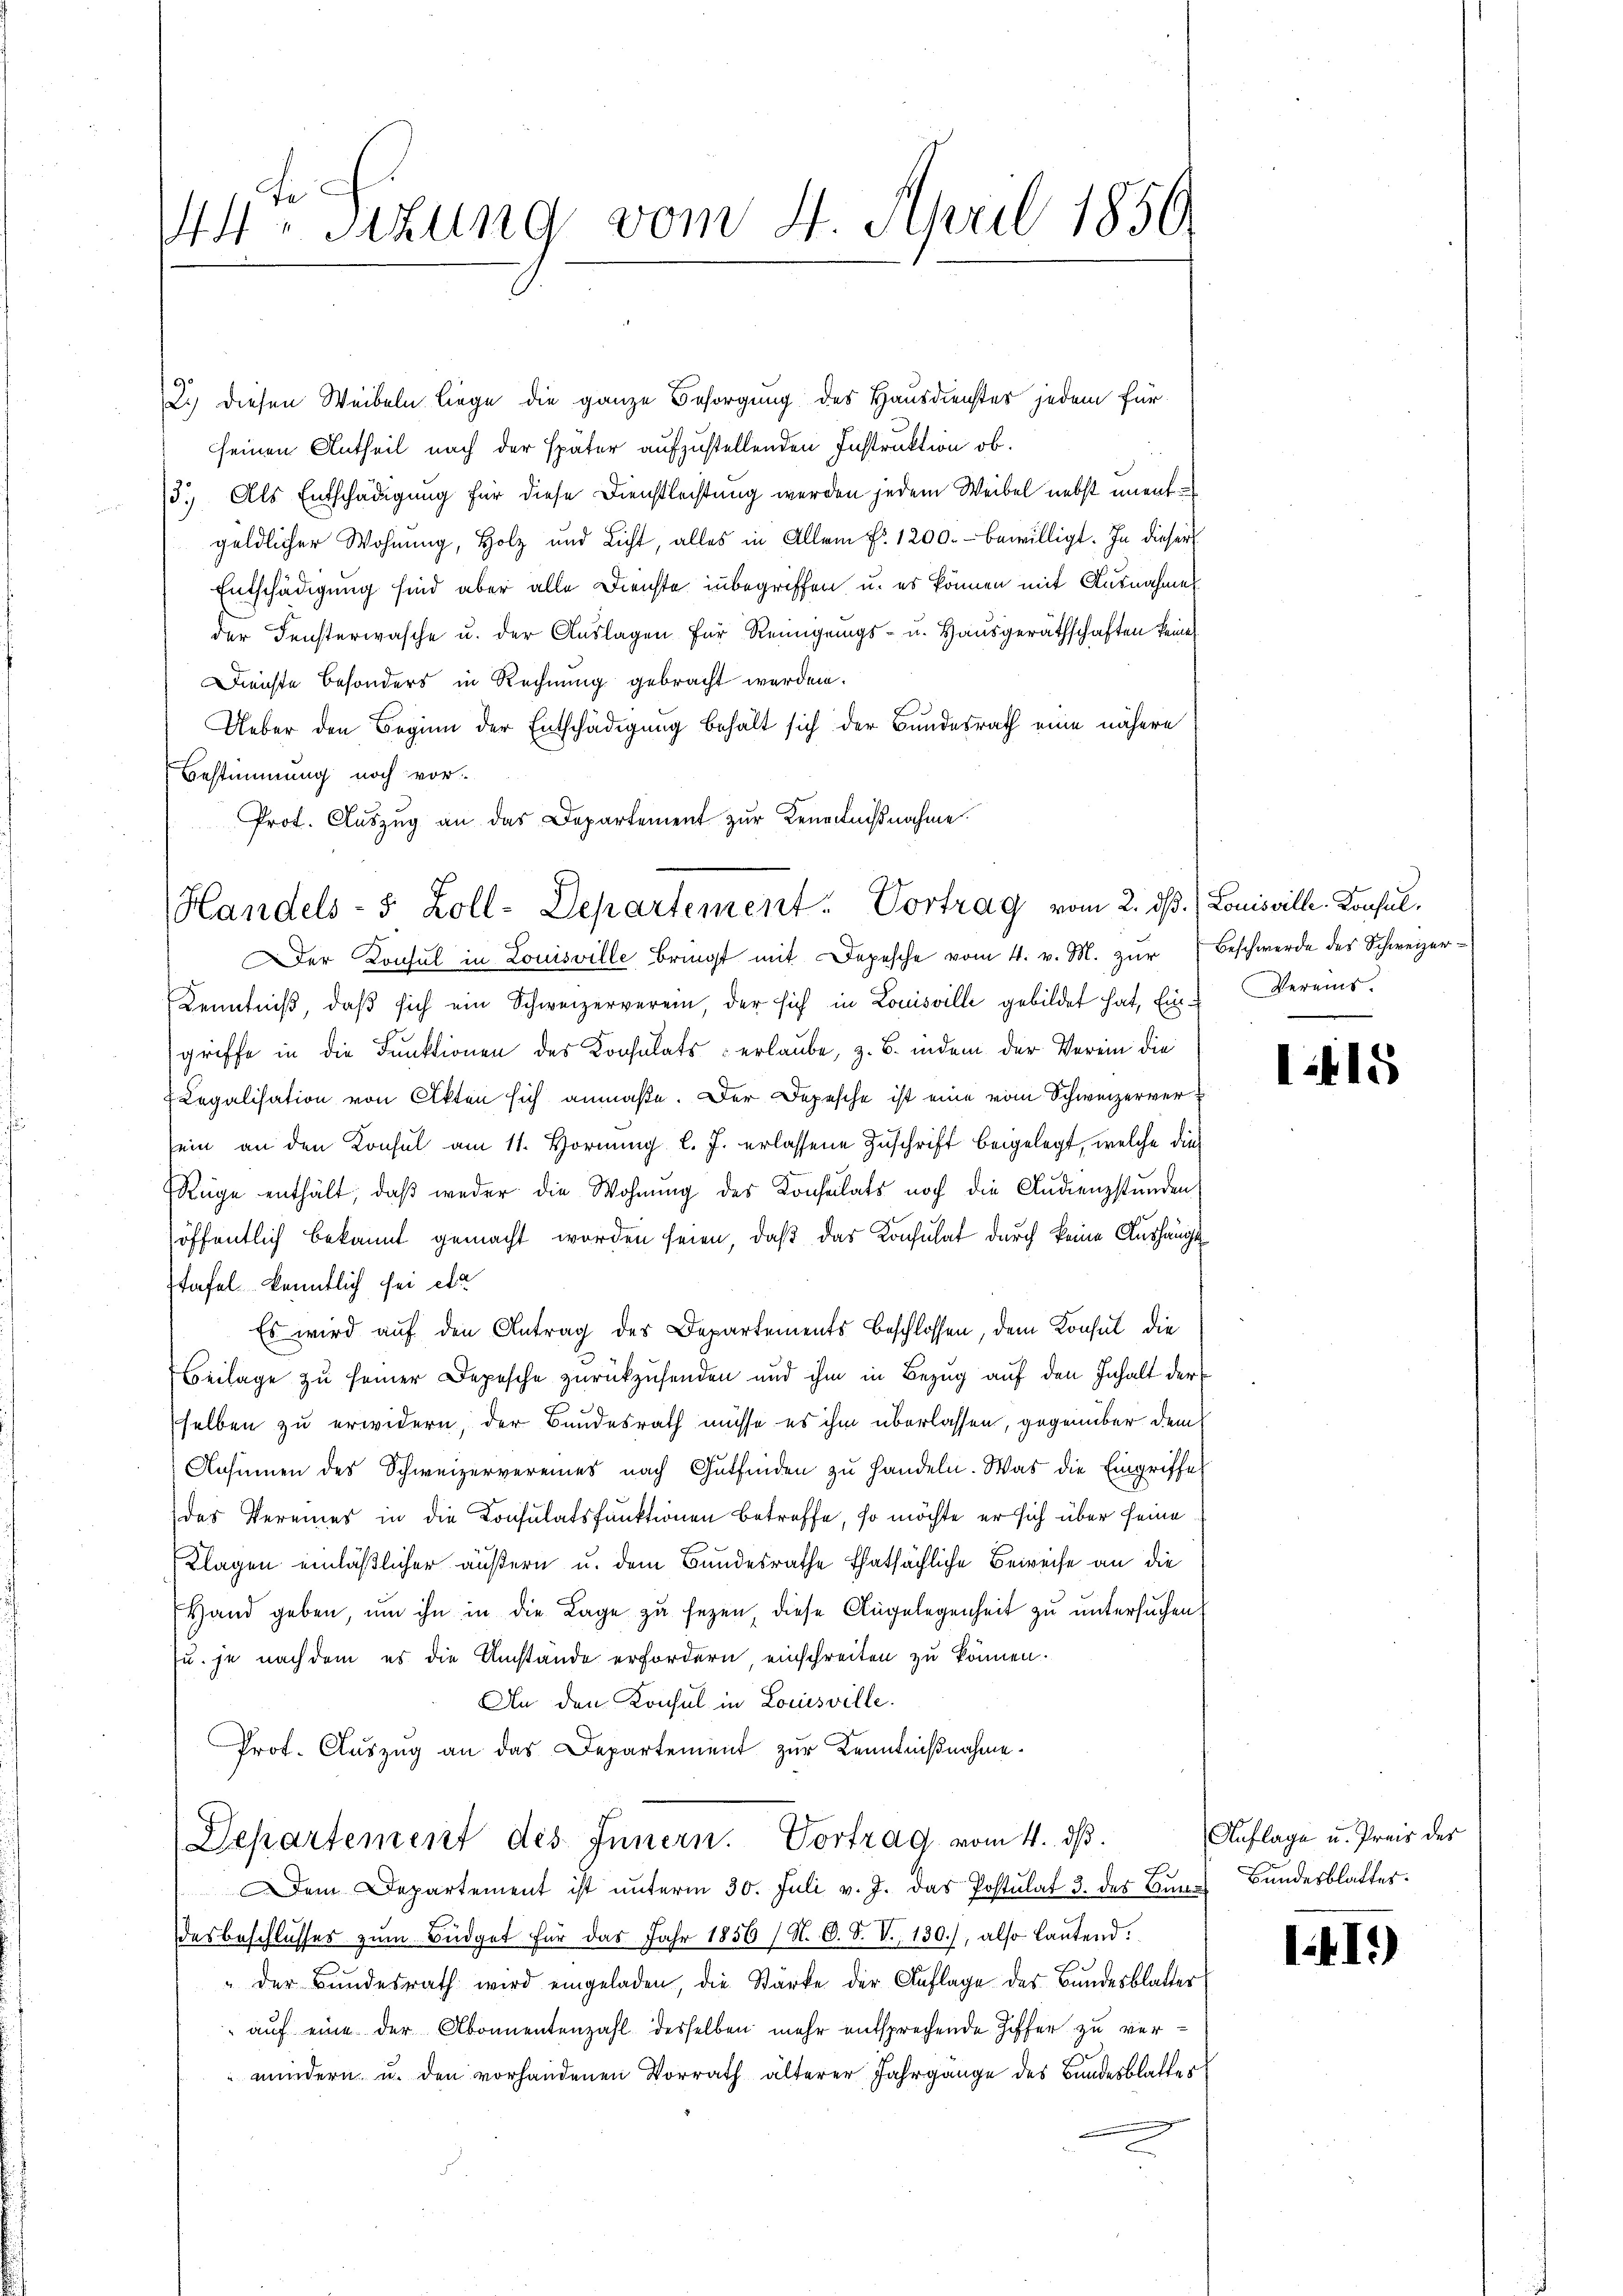
14ten Sizung vom 4. April 1850.

2.) diesen Weibeln liege die ganze Besorgung des Hausdienstes jedem für
seinen Antheil nach der später aufzustellenden Instruktion ob.
13.) Als Entschädigung für diese Dienstleistung werden jedem Weibel nebst unentgeldlicher Wohnung, Holz und Licht, alles in Allem fr. 1200.- bewilligt. In dieser
Entschädigung sind aber alle Dienste inbegriffen, u. es können mit Ausnahme
der Fensterwasche u. der Auslagen für Reinigungs- u. Hausgeräthschaften keine
Dienste besonders in Rechnung gebracht werden.
Ueber den Beginn der Entschädigung behält sich der Bundesrath eine nähere
Bestimmung noch vor.
Prot. Auszug an das Departement zur Kenntnißnahme.

Handels- 5 Zoll-Departement. Vortrag vom 2. ds. ) Louisville. Konsul¬

er Consul in Louisville bringt mit Depesche vom 4. v. M. zŭr Beschwerde des Schweizer¬
Kenntniβ, daβ sich ein Schweizerverein, der sich in Louisville gebildet hat, ein Vereins.
griffe in die Funktionen des Konsulats erlaube, z. B. indem der Verein die
Legalisation von Akten sich anmaße. Der Depesche ist eine vom Schweizerversein an den Konsul am 11. Hornung l. J. erlassene Zuschrift beigelegt, welche die
Rüge enthält, daß weder die Wohnung des Konsulats noch die Studienzstunden
öffentlich bekannt gemacht worden seien, daß das Konsulat durch keine Aushängt
stafel kenntlich sei etc
Es wird auf den Antrag des Departements beschlossen, dem Konsul die
Beilage zu seiner Depesche zurückzusenden und ihm in Bezug auf den Inhalt der
selben zu erwidern, der Bundesrath müsse es ihm überlassen, gegenüber dem
Ansinnen des Schweizervereines nach Gutfinden zu handeln. Was die Eingriffe
das Vereines in die Konsulatsfunktionen betreffe, so möchte er sich über seine
Klagen einläßlicher äußern u. dem Bundesrathe thatsächliche Beweise an die
Hand geben, um ihn in die Lage zu sezen, diese Angelegenheit zu untersuchen
u. je nachdem es die Umstände erfordern einschreiten zu können.
An den Konsul in Louisville.
Prof. Auszug an das Departement zur Kenntnißnahme¬
Departement des Innern. Vortrag vom 4. ds.
Dem Departement ist ŭnterm 30. Juli v. J. das Postulat 3. des Bunes Bundesblatter.
desbeschlosses zum Büdget für das Jahr 1856 (N. O. S. V. 130.), also lautend.
" der Bundesrath wird eingeladen, die Stärke der Auflage des Bundesblatter
 aŭf eine der Abonnentenzahl desselben mehr entsprechende Ziffer zu vermindern u. den vorhandenen Vorrath älterer Jahrgange des Bundesblatter

i

5

Auflage u. Preis des

41)